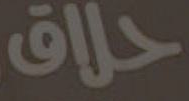
حلاق